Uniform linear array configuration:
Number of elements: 64
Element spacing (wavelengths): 0.5
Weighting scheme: binomial
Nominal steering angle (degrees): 30
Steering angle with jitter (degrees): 29.94
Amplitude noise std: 0.05
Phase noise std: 0.05

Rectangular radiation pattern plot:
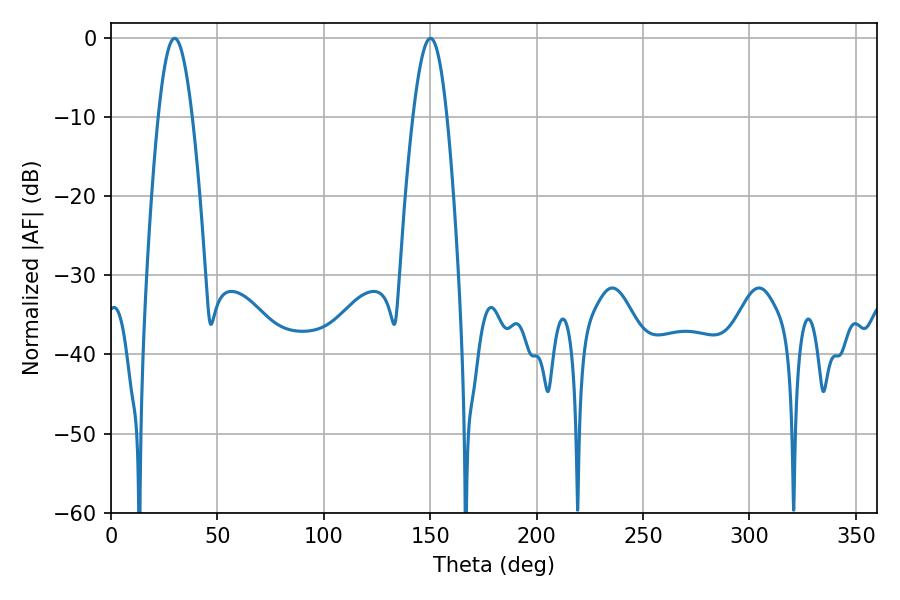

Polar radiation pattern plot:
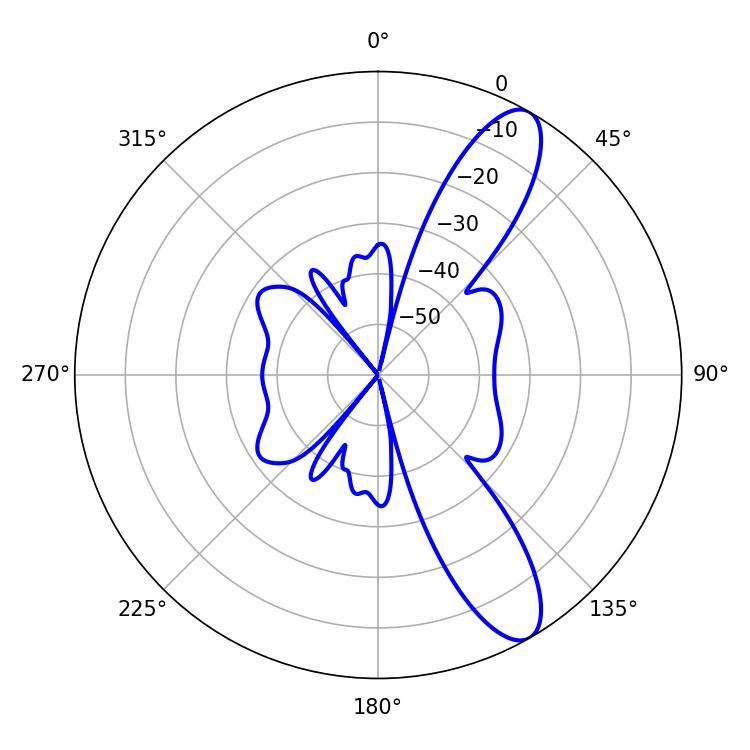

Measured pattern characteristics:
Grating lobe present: FALSE
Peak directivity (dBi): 10.872
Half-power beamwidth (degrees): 8.46
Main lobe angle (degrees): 29.88